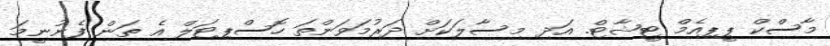
މާސްކް ޕީޕިއެމް ޓީޝާޓް. އަދި މިސާލަކަށް ދަރުމަވަންތަ ހޮސްޕިޓަލް އެ ތަން ފެނުނީމަ